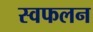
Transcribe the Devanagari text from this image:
स्वफलन